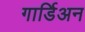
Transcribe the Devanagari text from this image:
गार्डिअन